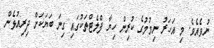
ނުވެއެވެ. މި އަހަރު ނިމުމުގެ ކުރިން ހިޔާ ފްލެޓްތަކުގައި ގިނަ ބަޔަަކަށް ދިރިއުޅެން